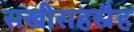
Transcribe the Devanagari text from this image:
सखीसहस्रैह